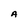
Character: A